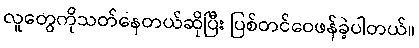
လူတွေကိုသတ်နေတယ်ဆိုပြီး ပြစ်တင်ဝေဖန်ခဲ့ပါတယ်။